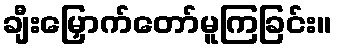
ချီးမြှောက်တော်မူကြခြင်း။